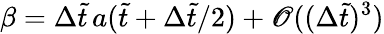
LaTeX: \beta=\Delta\tilde{t}\, a(\tilde{t}+\Delta\tilde{t}/2)+\mathscr{O}((\Delta\tilde{t})^{3})